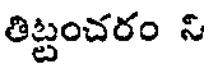
తిట్టంచరం నీ